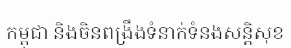
កម្ពុជា និងចិនពង្រឹងទំនាក់ទំនងសន្តិសុខ